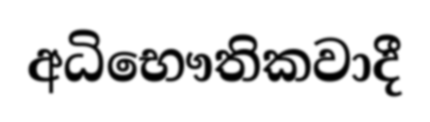
අධිභෞතිකවාදී